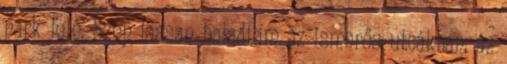
park felé. Szép lassan haladtam az ismerős utcákban, az